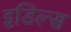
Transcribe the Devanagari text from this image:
इडिल्स